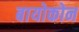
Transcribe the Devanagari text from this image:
बायोकोन